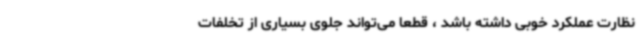
نظارت عملکرد خوبی داشته باشد ، قطعا می‌تواند جلوی بسیاری از تخلفات